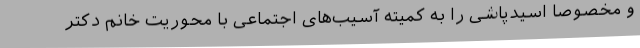
و مخصوصا اسیدپاشی را به کمیته آسیب‌های اجتماعی با محوریت خانم دکتر